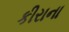
કીરાના